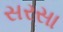
સરસા